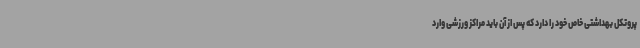
پروتکل بهداشتی خاص خود را دارد که پس از آن باید مراکز ورزشی وارد